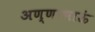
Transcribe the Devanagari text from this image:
अण्णाभाऊं